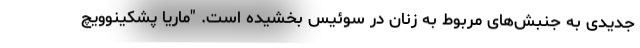
جدیدی به جنبش‌های مربوط به زنان در سوئیس بخشیده است. "ماریا پشکینوویچ